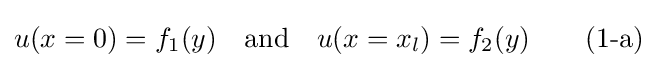
u(x=0)=f_{1}(y)\quad {\text{and}}\quad u(x=x_{l})=f_{2}(y)\qquad {\text{(1-a)}}